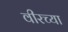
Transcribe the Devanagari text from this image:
वीरच्या